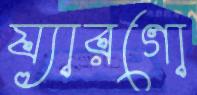
য্যারগো